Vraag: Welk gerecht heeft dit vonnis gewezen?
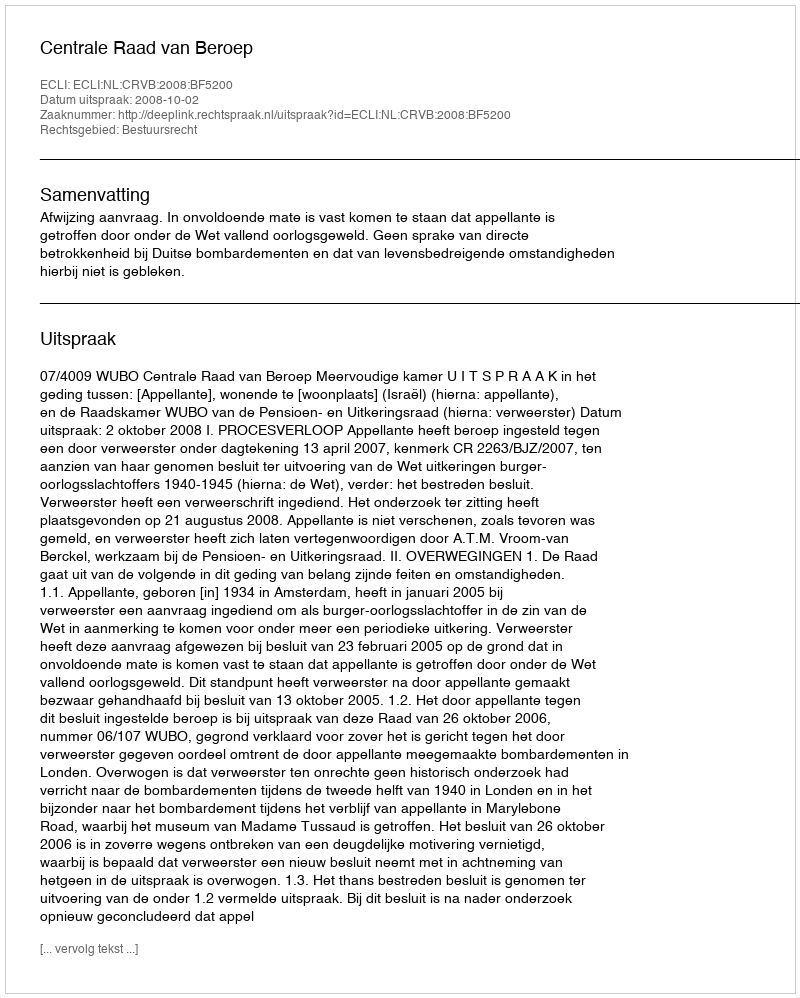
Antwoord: Centrale Raad van Beroep